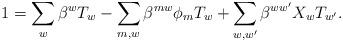
LaTeX: \begin{align*}1 = \sum_{w}\beta^{w}T_{w} - \sum_{m,w}\beta^{mw}\phi_{m}T_{w} + \sum_{w,w^{\prime}} \beta^{ww^{\prime}}X_{w} T_{w^{\prime}}.\end{align*}